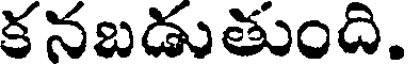
కనబడుతుంది.